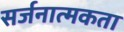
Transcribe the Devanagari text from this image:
सर्जनात्‍मकता